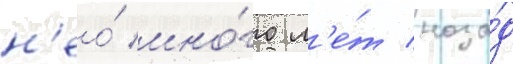
н'ео́ мно́го л'е́т наза́д